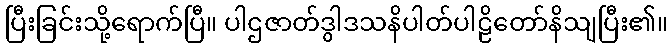
ပြီးခြင်းသို့ရောက်ပြီ။ ပါဌဇာတ်ဒွါဒသနိပါတ်ပါဠိတော်နိသျပြီး၏။